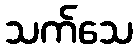
သက်သေ